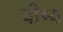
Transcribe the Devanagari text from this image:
चोष्‍य